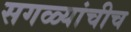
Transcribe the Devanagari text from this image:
सगळ्यांचीच